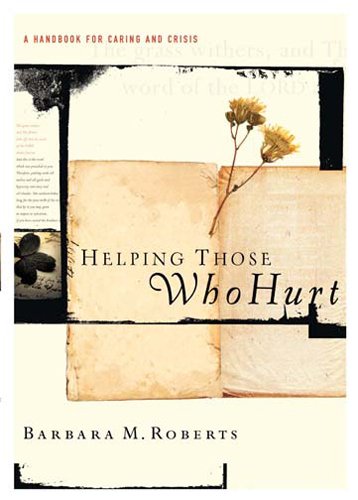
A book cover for Helping Those Who Hurt: A Handbook for Caring and Crisis; Barbara Roberts; Christian Books & Bibles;